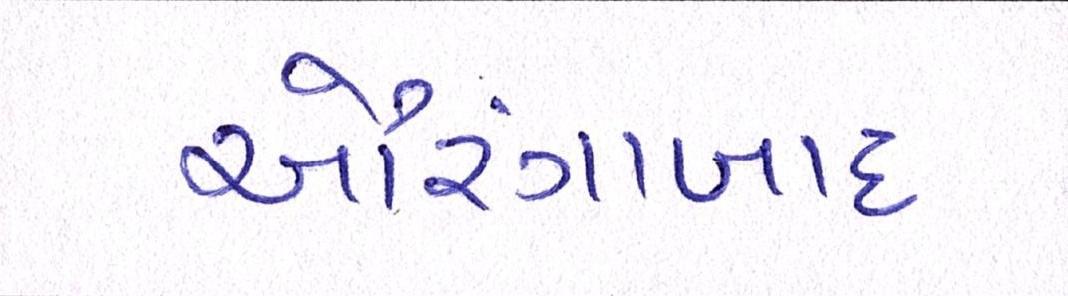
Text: ઔરંગાબાદ